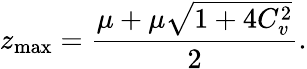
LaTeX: z_{\operatorname*{max}}=\frac{\mu+\mu\sqrt{1+4C_{v}^{2}}}{2}.